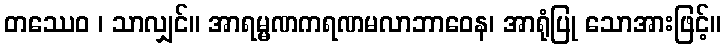
တဿေဝ ၊ သာလျှင်။ အာရမ္မဏကရဏမလာဘာဝေန၊ အာရုံပြု သောအားဖြင့်။